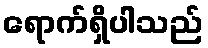
ရောက်ရှိပါသည်